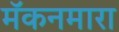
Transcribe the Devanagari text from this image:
मॅकनमारा